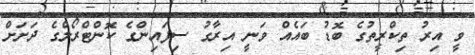
ވީ އިރު ތިކްރީތުގެ ބޮޑު ބައެއް ވަނީ އިރާގު ސިފައިންގެ ކޮންޓްރޯލްގެ ދަށަށް